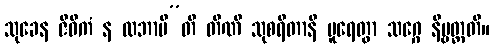
သုခေန ဇီဝိကံ န လဘာမီ”တိ တီဏိ သုစရိတာနိ ပူရေတွာ သဂ္ဂေ နိဗ္ဗတ္တတိ။